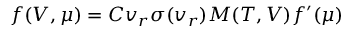
f ( V , \mu ) = C v _ { r } \sigma ( v _ { r } ) M ( T , V ) f ^ { \prime } ( \mu )